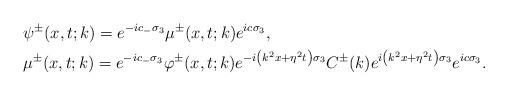
LaTeX: \begin{align*}&\psi^\pm(x,t;k)=e^{-ic_- \sigma_{3}} \mu^\pm(x,t;k) e^{ic\sigma_3},\\&\mu^\pm(x,t;k)=e^{-ic_- \sigma_{3}} \varphi^\pm(x,t;k) e^{-i\left(k^2x+\eta^2 t\right) \sigma_3} C^\pm(k) e^{i\left(k^2 x+\eta^2t\right) \sigma_3} e^{ic\sigma_3}.\end{align*}